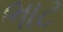
ભાટ